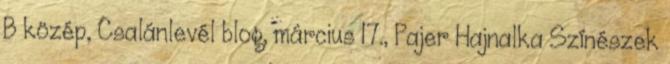
B közép, Csalánlevél blog, március 17., Pajer Hajnalka Színészek